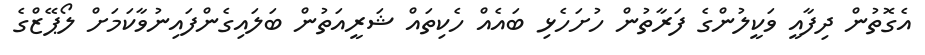
އެގޮތުން ދިފާއީ ވަކީލުންގެ ފަރާތުން ހުށަހެޅި ބައެއް ހެކިތައް ޝަރީއަތުން ބަލައިގެންފައިނުވާކަމަށް ލޯޕޭޒްގެ